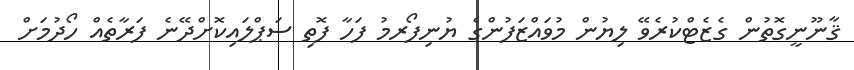
ޤާނޫނީގޮތުން ގެޒެޓްކުރެވޭ ލިޔުން މުވައްޒަފުންގެ ޔުނިފޯރމު ފަހާ ފޮތި ސަޕްލައިކޮށްދޭނެ ފަރާތެއް ހޯދުމަށް